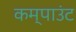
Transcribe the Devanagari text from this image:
कम्पाउंट